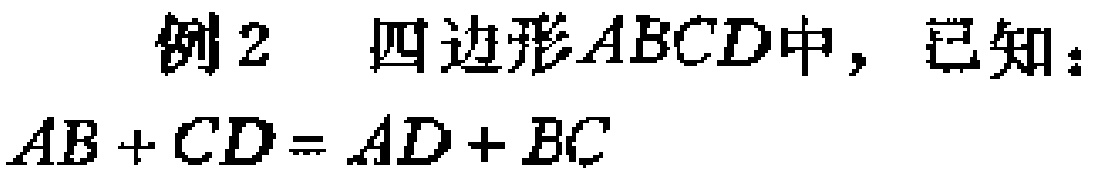
例2 四边形\(ABCD\)中，已知：\(AB + CD = AD + BC\)